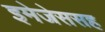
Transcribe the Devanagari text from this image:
इमेजेससह